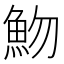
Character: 魩